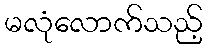
မလုံလောက်သည့်